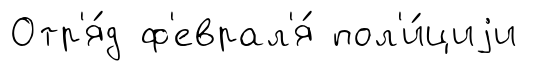
Отр'я́д ф'еврал'я́ пол'и́циjи